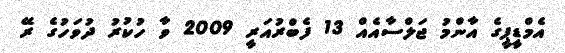
އެމްޑީޕީގެ އާންމު ޖަލްސާއެއް 13 ފެބްރުއަރީ 2009 ވާ ހުކުރު ދުވަހުގެ ރޭ